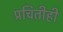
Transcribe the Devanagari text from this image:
प्रचितीही